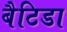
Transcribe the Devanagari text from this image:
बैटिडा